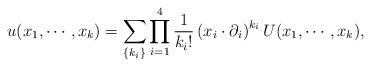
LaTeX: \begin{align*}u(x_{1},\cdots ,x_{k})=\sum_{\{k_{i}\}}\prod_{i=1}^{4}\frac{1}{k_{i}!}\left(x_{i}\cdot \partial _{i}\right) ^{k_{i}}U(x_{1},\cdots ,x_{k}), \end{align*}